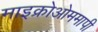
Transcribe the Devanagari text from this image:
माइक्रोओममापी